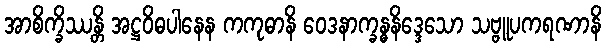
အာစိက္ခိဿန္တိ အဋ္ဌဝိဓပါနေန ကကုဓာနိ ဝေဒနာက္ခန္ဓနိဒ္ဒေသော သဗ္ဗူပကရဏာနိ